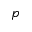
_ p